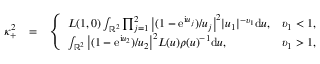
\begin{array} { r l r } { \kappa _ { + } ^ { 2 } } & { = } & { \left\{ \begin{array} { l l } { L ( 1 , 0 ) \int _ { \mathbb { R } ^ { 2 } } \prod _ { j = 1 } ^ { 2 } \big | ( 1 - \mathrm e ^ { \mathrm i u _ { j } } ) / u _ { j } \big | ^ { 2 } | u _ { 1 } | ^ { - \upsilon _ { 1 } } \mathrm d \boldsymbol { u } , } & { \upsilon _ { 1 } < 1 , } \\ { \int _ { \mathbb { R } ^ { 2 } } \big | ( 1 - \mathrm e ^ { \mathrm i u _ { 2 } } ) / u _ { 2 } \big | ^ { 2 } L ( \boldsymbol { u } ) \rho ( \boldsymbol { u } ) ^ { - 1 } \mathrm d \boldsymbol { u } , } & { \upsilon _ { 1 } > 1 , } \end{array} \right. } \end{array}